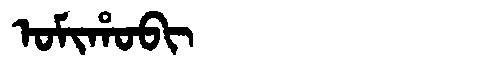
Manchu: ᠣᠮᡳᡥᠣᠪᡳ
Romanization: OMIHOBI